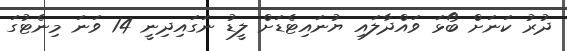
ދުރު ކަނަށް ބޯޅަ ވައްދާލައި ޔުނައިޓެޑަށް ލީޑު ނަގައިދިނީ 14 ވަނަ މިނެޓުގަ